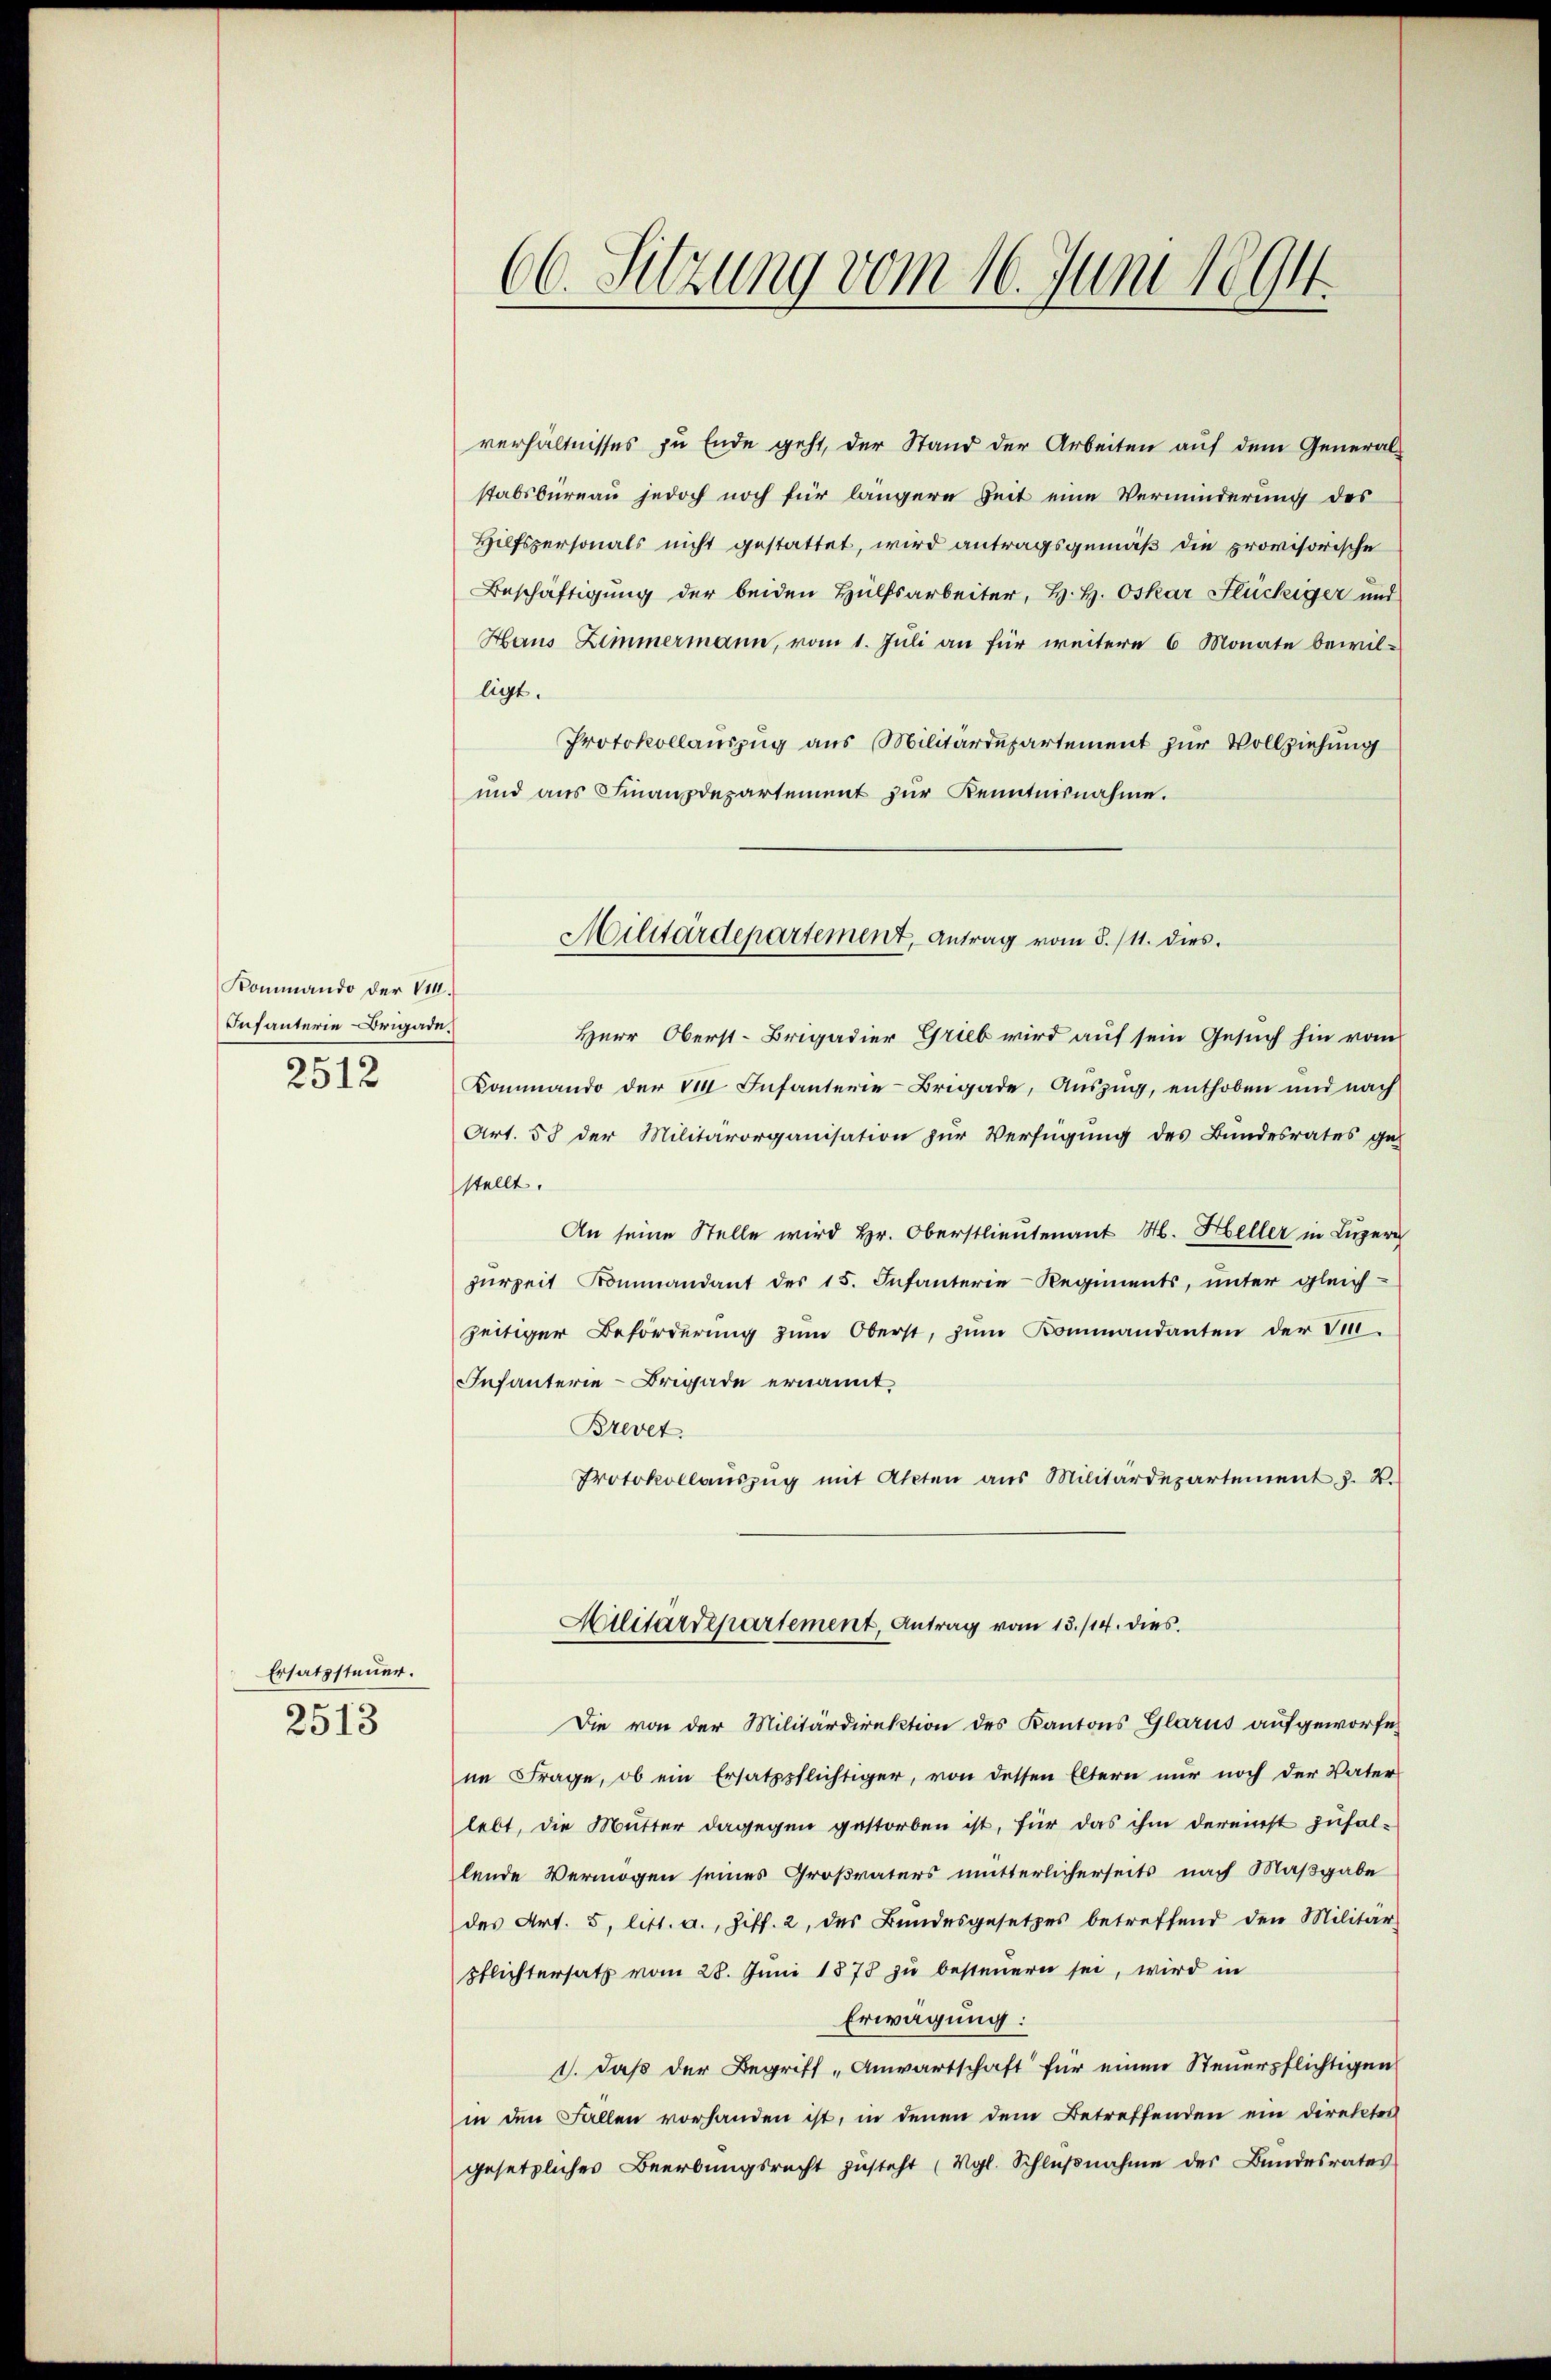
Kommando der VI.
Infanterie-Brigade.
2512

Ersatzsteuer.
2513

66. Sitzung vom 16. Juni 1894.

verhältnisses zu Ende geht, der Stand der Arbeiten auf dem Generalstabsbureau jedoch noch für längere Zeit eine Verminderung des
Hilfspersonals nicht gestattet, wird antragsgemäß die provisorische
Beschäftigung der beiden Hülfsarbeiter, H. H. Oskar Flückiger und
Haus Zimmermann, vom 1. Juli an für weitere 6 Monate bewilligt.
Protokollauszug aus Militärdepartement zur Vollziehung
und aus Finanzdepartement zur Kenntnisnahme.
Herr Oberst-Brigadier Grieb wird auf sein Gesuch hin vom
Kommando der 110 Infanterie-Brigade, Auszug, enthoben und nach
Art. 58 der Militärorganisation zur Verfügung des Bundesrates ge-
stellt.
An seine Stelle wird Hr. Oberstlieutenant M. Heller in Luzer
zŭrzeit Kommandant des 15. Infanterie-Regiments, unter gleich
zeitiger Beförderŭng zŭm Oberst, zŭm Kommandanten der V
Infanterie-Brigade ernannt
Brevet
Protokollaŭszŭg mit Akten aus Militärdepartement z. B.
Militärdepartement, Antrag vom 13./14. dies
Die von der Militärdirektion des Kantons Glarus aufgeworfe
ne Frage, ob ein Ersatzpflichtiger, von dessen Eltern nur noch der Vater-
lebt, die Mutter dagegen gestorben ist, für das ihm dereist zufallende Vermögen seines Großvaters mitterlicherseits nach Maßgabe
des Art. 5 litt. a., Ziff. 2, des Bundesgesetzes betreffend den Militär-
pflichtersatz vom 28. Juni 1873 zu besteuern sei, wird in
Erwägung:
1. daß der Begriff „Anwartschaft für einen Steuerpflichtigen
in den Fallen vorhanden ist, in denen dem Betreffenden ein Direkter
gesetzlicher Beerbungsrecht zŭsteht (vgl. Schlŭβnahme des Bundesrates

Militärdepartement, Antrag vom 8./11. dies